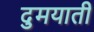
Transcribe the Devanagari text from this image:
दुमयाती